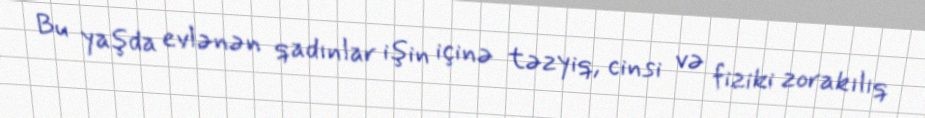
Bu yaşda evlənən qadınlar işin içinə təzyiq, cinsi və fiziki zorakılıq